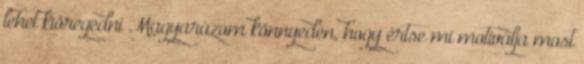
lehet kiöregedni Magyarázom könnyedén, hogy értse mi motiválja most